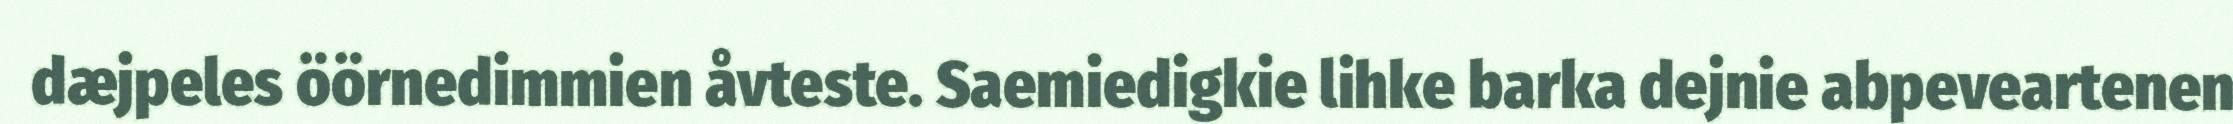
dæjpeles öörnedimmien åvteste. Saemiedigkie lihke barka dejnie abpeveartenen